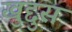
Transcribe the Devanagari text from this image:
खुद्दुस